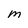
Character: m